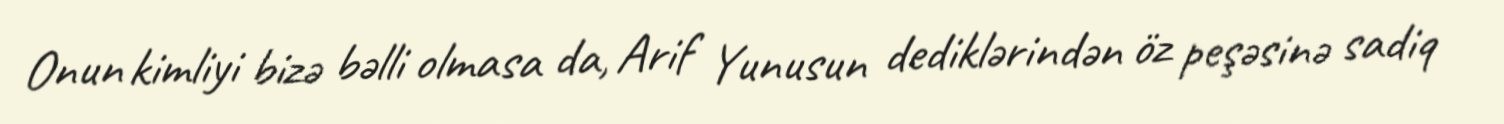
Onun kimliyi bizə bəlli olmasa da, Arif Yunusun dediklərindən öz peşəsinə sadiq